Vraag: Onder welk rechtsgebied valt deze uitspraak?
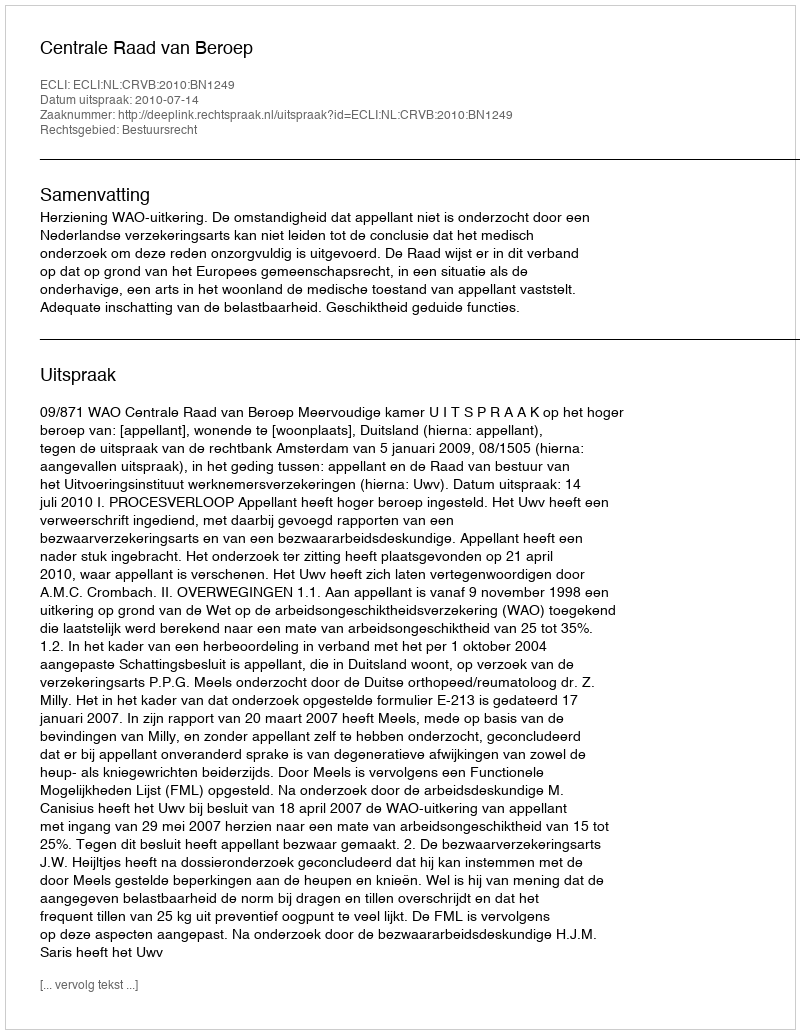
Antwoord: Bestuursrecht